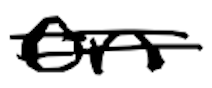
Text: on
Cross-out: double-line
Writing tool: digital_black